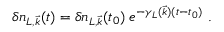
\delta n _ { L , { \vec { k } } } ( t ) = \delta n _ { L , { \vec { k } } } ( t _ { 0 } ) \; e ^ { - \gamma _ { L } ( { \vec { k } } ) ( t - t _ { 0 } ) } ~ .